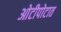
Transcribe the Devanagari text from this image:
ओटीपोटात